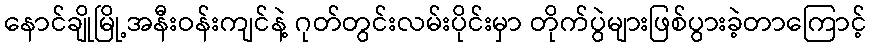
နောင်ချိုမြို့အနီးဝန်းကျင်နဲ့ ဂုတ်တွင်းလမ်းပိုင်းမှာ တိုက်ပွဲများဖြစ်ပွားခဲ့တာကြောင့်